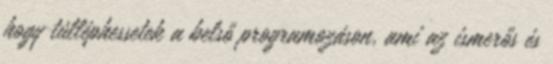
hogy túlléphessetek a belső programozáson, ami az ismerős és